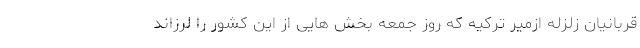
قربانیان زلزله ازمیر ترکیه که روز جمعه بخش هایی از این کشور را لرزاند